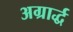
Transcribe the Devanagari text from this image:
अग्रार्द्ध